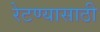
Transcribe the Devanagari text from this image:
रेटण्यासाठी